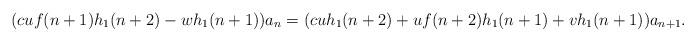
LaTeX: \begin{align*}(cuf(n+1)h_1(n+2)-wh_1(n+1))a_n=(cuh_1(n+2)+uf(n+2)h_1(n+1)+vh_1(n+1))a_{n+1}.\end{align*}